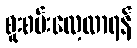
စူးစမ်းလေ့လာရန်